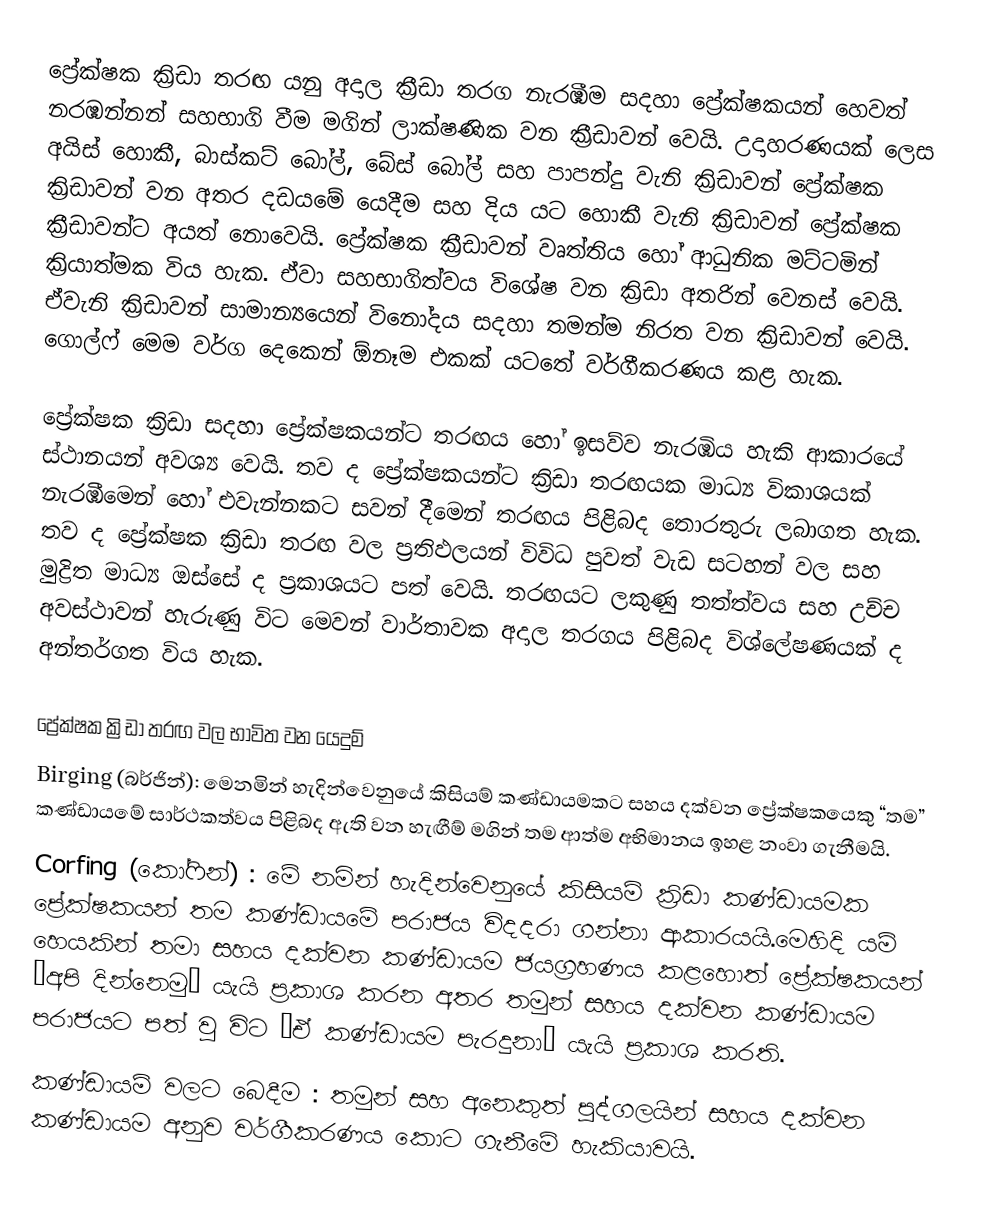
ප්‍රේක්ෂක ක්‍රිඩා තරඟ යනු අදාල ක්‍රීඩා තරග නැරඹීම සදහා ප්‍රේක්ෂකයන් හෙවත් නරඹන්නන් සහභාගි වීම මගින් ලාක්ෂණික වන ක්‍රීඩාවන් වෙයි. උදාහරණයක් ලෙස අයිස් හොකී, බාස්කට් බෝල්, බේස් බෝල් සහ පාපන්දු වැනි ක්‍රිඩාවන් ප්‍රේක්ෂක ක්‍රිඩාවන් වන අතර දඩයමේ යෙදීම සහ දිය යට හොකී වැනි ක්‍රිඩාවන් ප්‍රේක්ෂක ක්‍රීඩාවන්ට අයත් නොවෙයි. ප්‍රේක්ෂක ක්‍රීඩාවන් වෘත්තිය හෝ ආධුනික මට්ටමින් ක්‍රියාත්මක විය හැක. ඒවා සහභාගිත්වය විශේෂ වන ක්‍රිඩා අතරින් වෙනස් වෙයි. ඒවැනි ක්‍රිඩාවන් සාමාන්‍යයෙන් විනෝදය සදහා තමන්ම නිරත වන ක්‍රිඩාවන් වෙයි. ගොල්ෆ් මෙම වර්ග දෙකෙන් ඕනෑම එකක් යටතේ වර්ගීකරණය කළ හැක.

ප්‍රේක්ෂක ක්‍රිඩා සදහා ප්‍රේක්ෂකයන්ට තරඟය හෝ ඉසව්ව නැරඹිය හැකි ආකාරයේ ස්ථානයන් අවශ්‍ය වෙයි. තව ද  ප්‍රේක්ෂකයන්ට ක්‍රිඩා තරඟයක මාධ්‍ය විකාශයක් නැරඹීමෙන් හෝ එවැන්නකට සවන් දීමෙන් තරඟය පිළිබද තොරතුරු ලබාගත හැක. තව ද ප්‍රේක්ෂක ක්‍රිඩා තරඟ වල ප්‍රතිඵලයන් විවිධ පුවත් වැඩ සටහන් වල සහ මුද්‍රිත මාධ්‍ය ඔස්සේ ද ප්‍රකාශයට පත් වෙයි. තරඟයට ලකුණු තත්ත්වය සහ උච්ච අවස්ථාවන් හැරුණු විට මෙවන් වාර්තාවක අදාල තරගය පිළිබද විශ්ලේෂණයක් ද අන්තර්ගත විය හැක.

ප්‍රේක්ෂක ක්‍රිඩා තරඟ වල භාවිත වන යෙදුම්
Birging (බර්ජින්): මෙනමින් හැදින්වෙනුයේ කිසියම් කණ්ඩායමකට සහය දක්වන ප්‍රේක්ෂකයෙකු “තම” කණ්ඩායමේ  සාර්ථකත්වය පිළිබද ඇති වන හැඟීම් මගින් තම ආත්ම අභිමානය ඉහළ නංවා ගැනීමයි.
Corfing (කෝෆින්) : මේ නමින් හැදින්වෙනුයේ කිසියම් ක්‍රිඩා කණ්ඩායමක ප්‍රේක්ෂකයන් තම කණ්ඩායමේ පරාජය විදදරා ගන්නා ආකාරයයි.මෙහිදි යම් හෙයකින් තමා සහය දක්වන කණ්ඩායම ජයග්‍රහණය කළහොත් ප්‍රේක්ෂකයන් “අපි දින්නෙමු” යැයි ප්‍රකාශ කරන අතර තමුන් සහය දක්වන කණ්ඩායම පරාජයට පත් වු විට “ඒ කණ්ඩායම පැරදුනා” යැයි ප්‍රකාශ කරති.
කණ්ඩායම් වලට බෙදීම : තමුන් සහ අනෙකුත් පුද්ගලයින් සහය දක්වන කණ්ඩායම අනුව වර්ගීකරණය කොට ගැනීමේ හැකියාවයි.